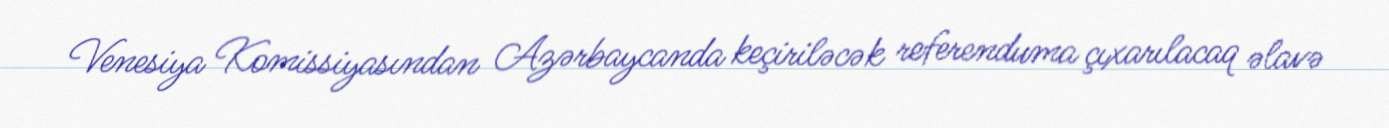
Venesiya Komissiyasından Azərbaycanda keçiriləcək referenduma çıxarılacaq əlavə